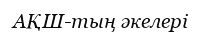
АҚШ-тың әкелері